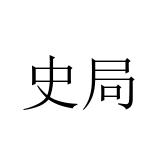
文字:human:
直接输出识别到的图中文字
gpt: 史局